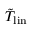
\tilde { T } _ { \mathrm { l i n } }